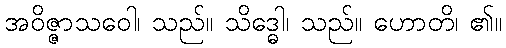
အဝိဇ္ဇာသဝေါ၊ သည်။ သိဒ္ဓေါ၊ သည်။ ဟောတိ၊ ၏။